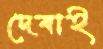
দেবাই